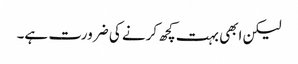
لیکن ابھی بہت کچھ کرنے کی ضرورت ہے۔